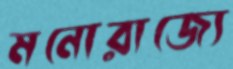
মনোরাজ্যে